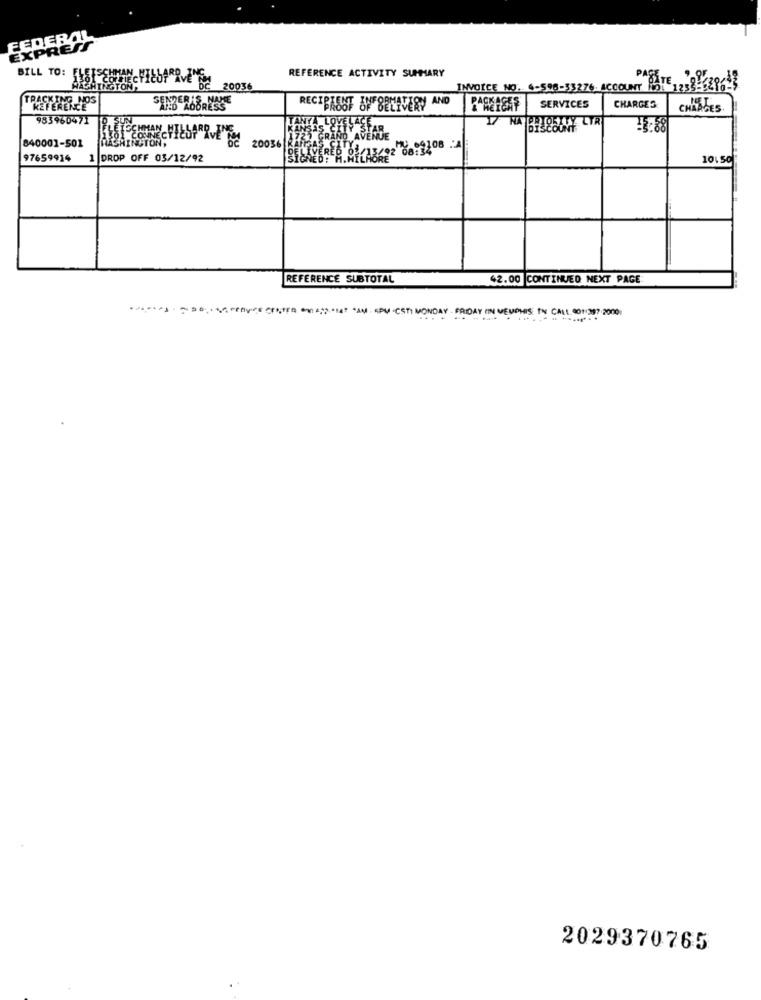
FEDERAL
EXPRES
BILL TO:
REFERENCE ACTIVITY SUMMARY
BLITE
20036
INVOICE NO. 4-596-33276. ACCOUNT ROL
CHARGES
SENDER'S N
RECIBABUT &NEBENEVERY AND
SERVICES
CHRADES.
983960471
17 NA BRZ OSTVY LTR
TR GRAND AVENUE
840001-501
20056
97659914 1 |DROP OFF 03/12/92
10.50
REFERENCE SUBTOTAL
42.00 CONTINUED NEXT PAGE
................ PAY- PER -01 -23.14" "AM SPU CST MONDAY - FRIDAY IN MEUICHIS THE CALL. 001:397 2000
2029370765